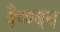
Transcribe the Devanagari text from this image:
वैष्ण्वन